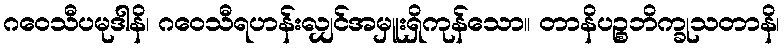
ဂဝေသီပမုဒါနိ၊ ဂဝေသီရဟန်းလျှင်အမှူးရှိကုန်သော။ တာနိပဉ္စဘိက္ခုသတာနိ၊